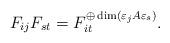
LaTeX: \begin{align*}F_{ij}F_{st}=F_{it}^{\oplus \dim(\varepsilon_jA\varepsilon_s)}.\end{align*}